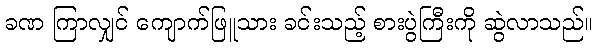
ခဏ ကြာလျှင် ကျောက်ဖြူသား ခင်းသည့် စားပွဲကြီးကို ဆွဲလာသည်။